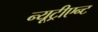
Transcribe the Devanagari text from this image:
न्यूट्रीएन्ट